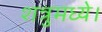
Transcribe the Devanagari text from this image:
शत्रुमध्ये।